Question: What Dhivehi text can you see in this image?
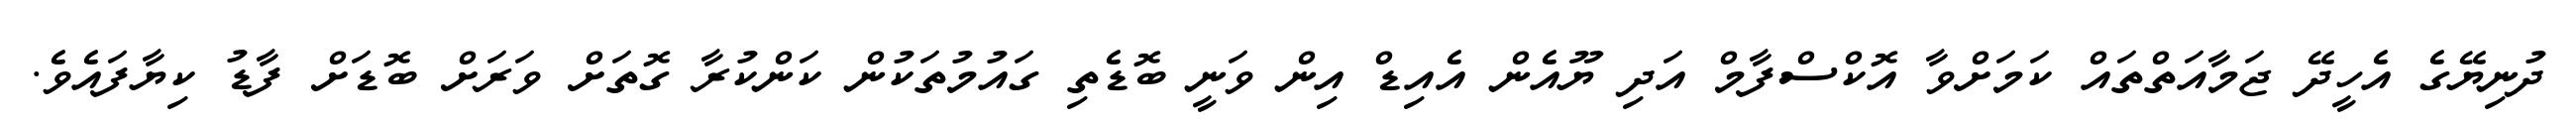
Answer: ދުނިޔޭގެ އެހީދޭ ޖަމާއަތްތައް ކަމަށްވާ އޮކްސްފާމް އަދި ޔޫއެން އެއިޑް އިން ވަނީ ބޮޑެތި ގައުމުތަކުން ކަންކުރާ ގޮތަށް ވަރަށް ބޮޑަށް ފާޑު ކިޔާފައެވެ.